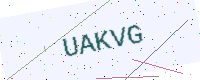
Text: UAKVG